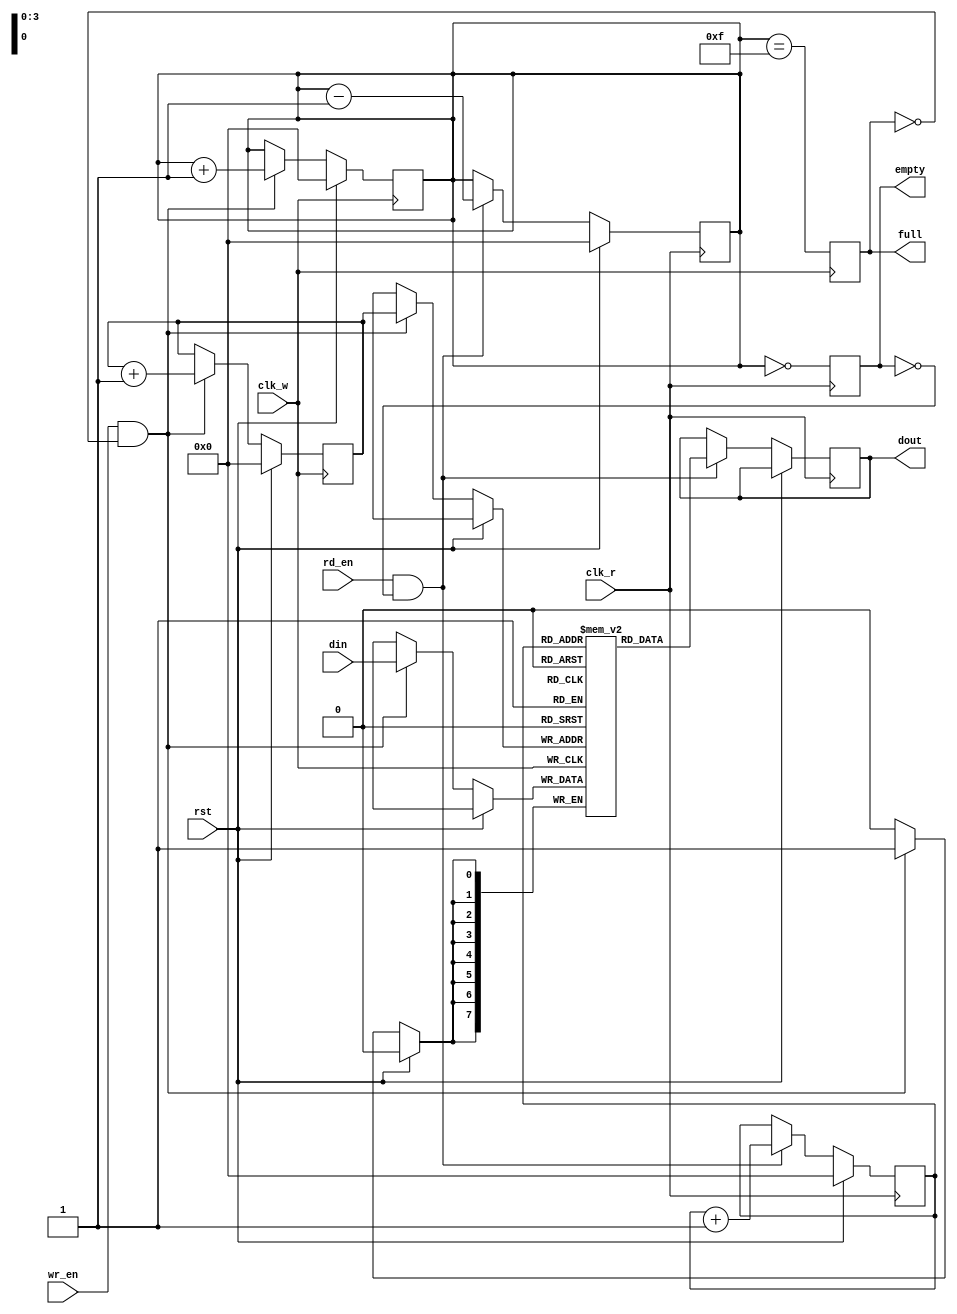
module dual_clock_fifo #(
    parameter DATA_WIDTH = 8,   // Width of data
    parameter FIFO_DEPTH = 16    // Depth of FIFO (must be a power of 2)
)(
    input wire clk_w,            // Write clock
    input wire clk_r,            // Read clock
    input wire rst,              // Synchronous reset
    input wire wr_en,            // Write enable
    input wire rd_en,            // Read enable
    input wire [DATA_WIDTH-1:0] din, // Data input
    output reg [DATA_WIDTH-1:0] dout, // Data output
    output reg full,             // FIFO full flag
    output reg empty             // FIFO empty flag
);

    // Memory array
    reg [DATA_WIDTH-1:0] fifo_mem [0:FIFO_DEPTH-1];

    // Write and Read pointers
    reg [$clog2(FIFO_DEPTH)-1:0] wr_ptr, rd_ptr;
    reg [$clog2(FIFO_DEPTH)-1:0] count; // Count of elements in FIFO

    // Synchronous reset and write operation
    always @(posedge clk_w) begin
        if (rst) begin
            wr_ptr <= 0;
            count <= 0;
            full <= 0;
        end else if (wr_en && !full) begin
            fifo_mem[wr_ptr] <= din; // Write data to FIFO
            wr_ptr <= wr_ptr + 1'b1; // Increment write pointer
            count <= count + 1'b1;    // Increment count
        end
        // Update full flag
        full <= (count == FIFO_DEPTH - 1);
    end

    // Synchronous reset and read operation
    always @(posedge clk_r) begin
        if (rst) begin
            rd_ptr <= 0;
            count <= 0;
            empty <= 1;
        end else if (rd_en && !empty) begin
            dout <= fifo_mem[rd_ptr]; // Read data from FIFO
            rd_ptr <= rd_ptr + 1'b1;  // Increment read pointer
            count <= count - 1'b1;    // Decrement count
        end
        // Update empty flag
        empty <= (count == 0);
    end

endmodule